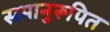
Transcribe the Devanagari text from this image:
समानुरूपित